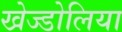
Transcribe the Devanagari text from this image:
खेज्डोलिया